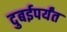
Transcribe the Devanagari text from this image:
दुबईपर्यंत